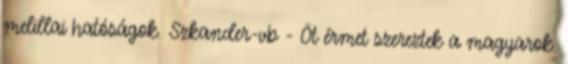
melillai hatóságok. Szkander-vb - Öt érmet szereztek a magyarok.